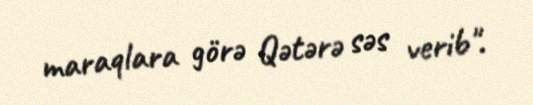
maraqlara görə Qətərə səs verib".